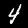
Label: 4